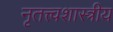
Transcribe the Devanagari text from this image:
नृतत्त्वशास्त्रीय